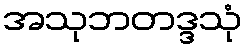
အသုဘတဒ္ဒသုံ